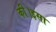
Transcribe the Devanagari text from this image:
की।इसा